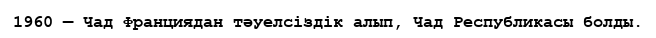
1960 — Чад Франциядан тәуелсіздік алып, Чад Республикасы болды.